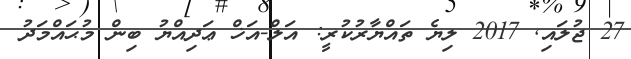
27 ޖުލައި